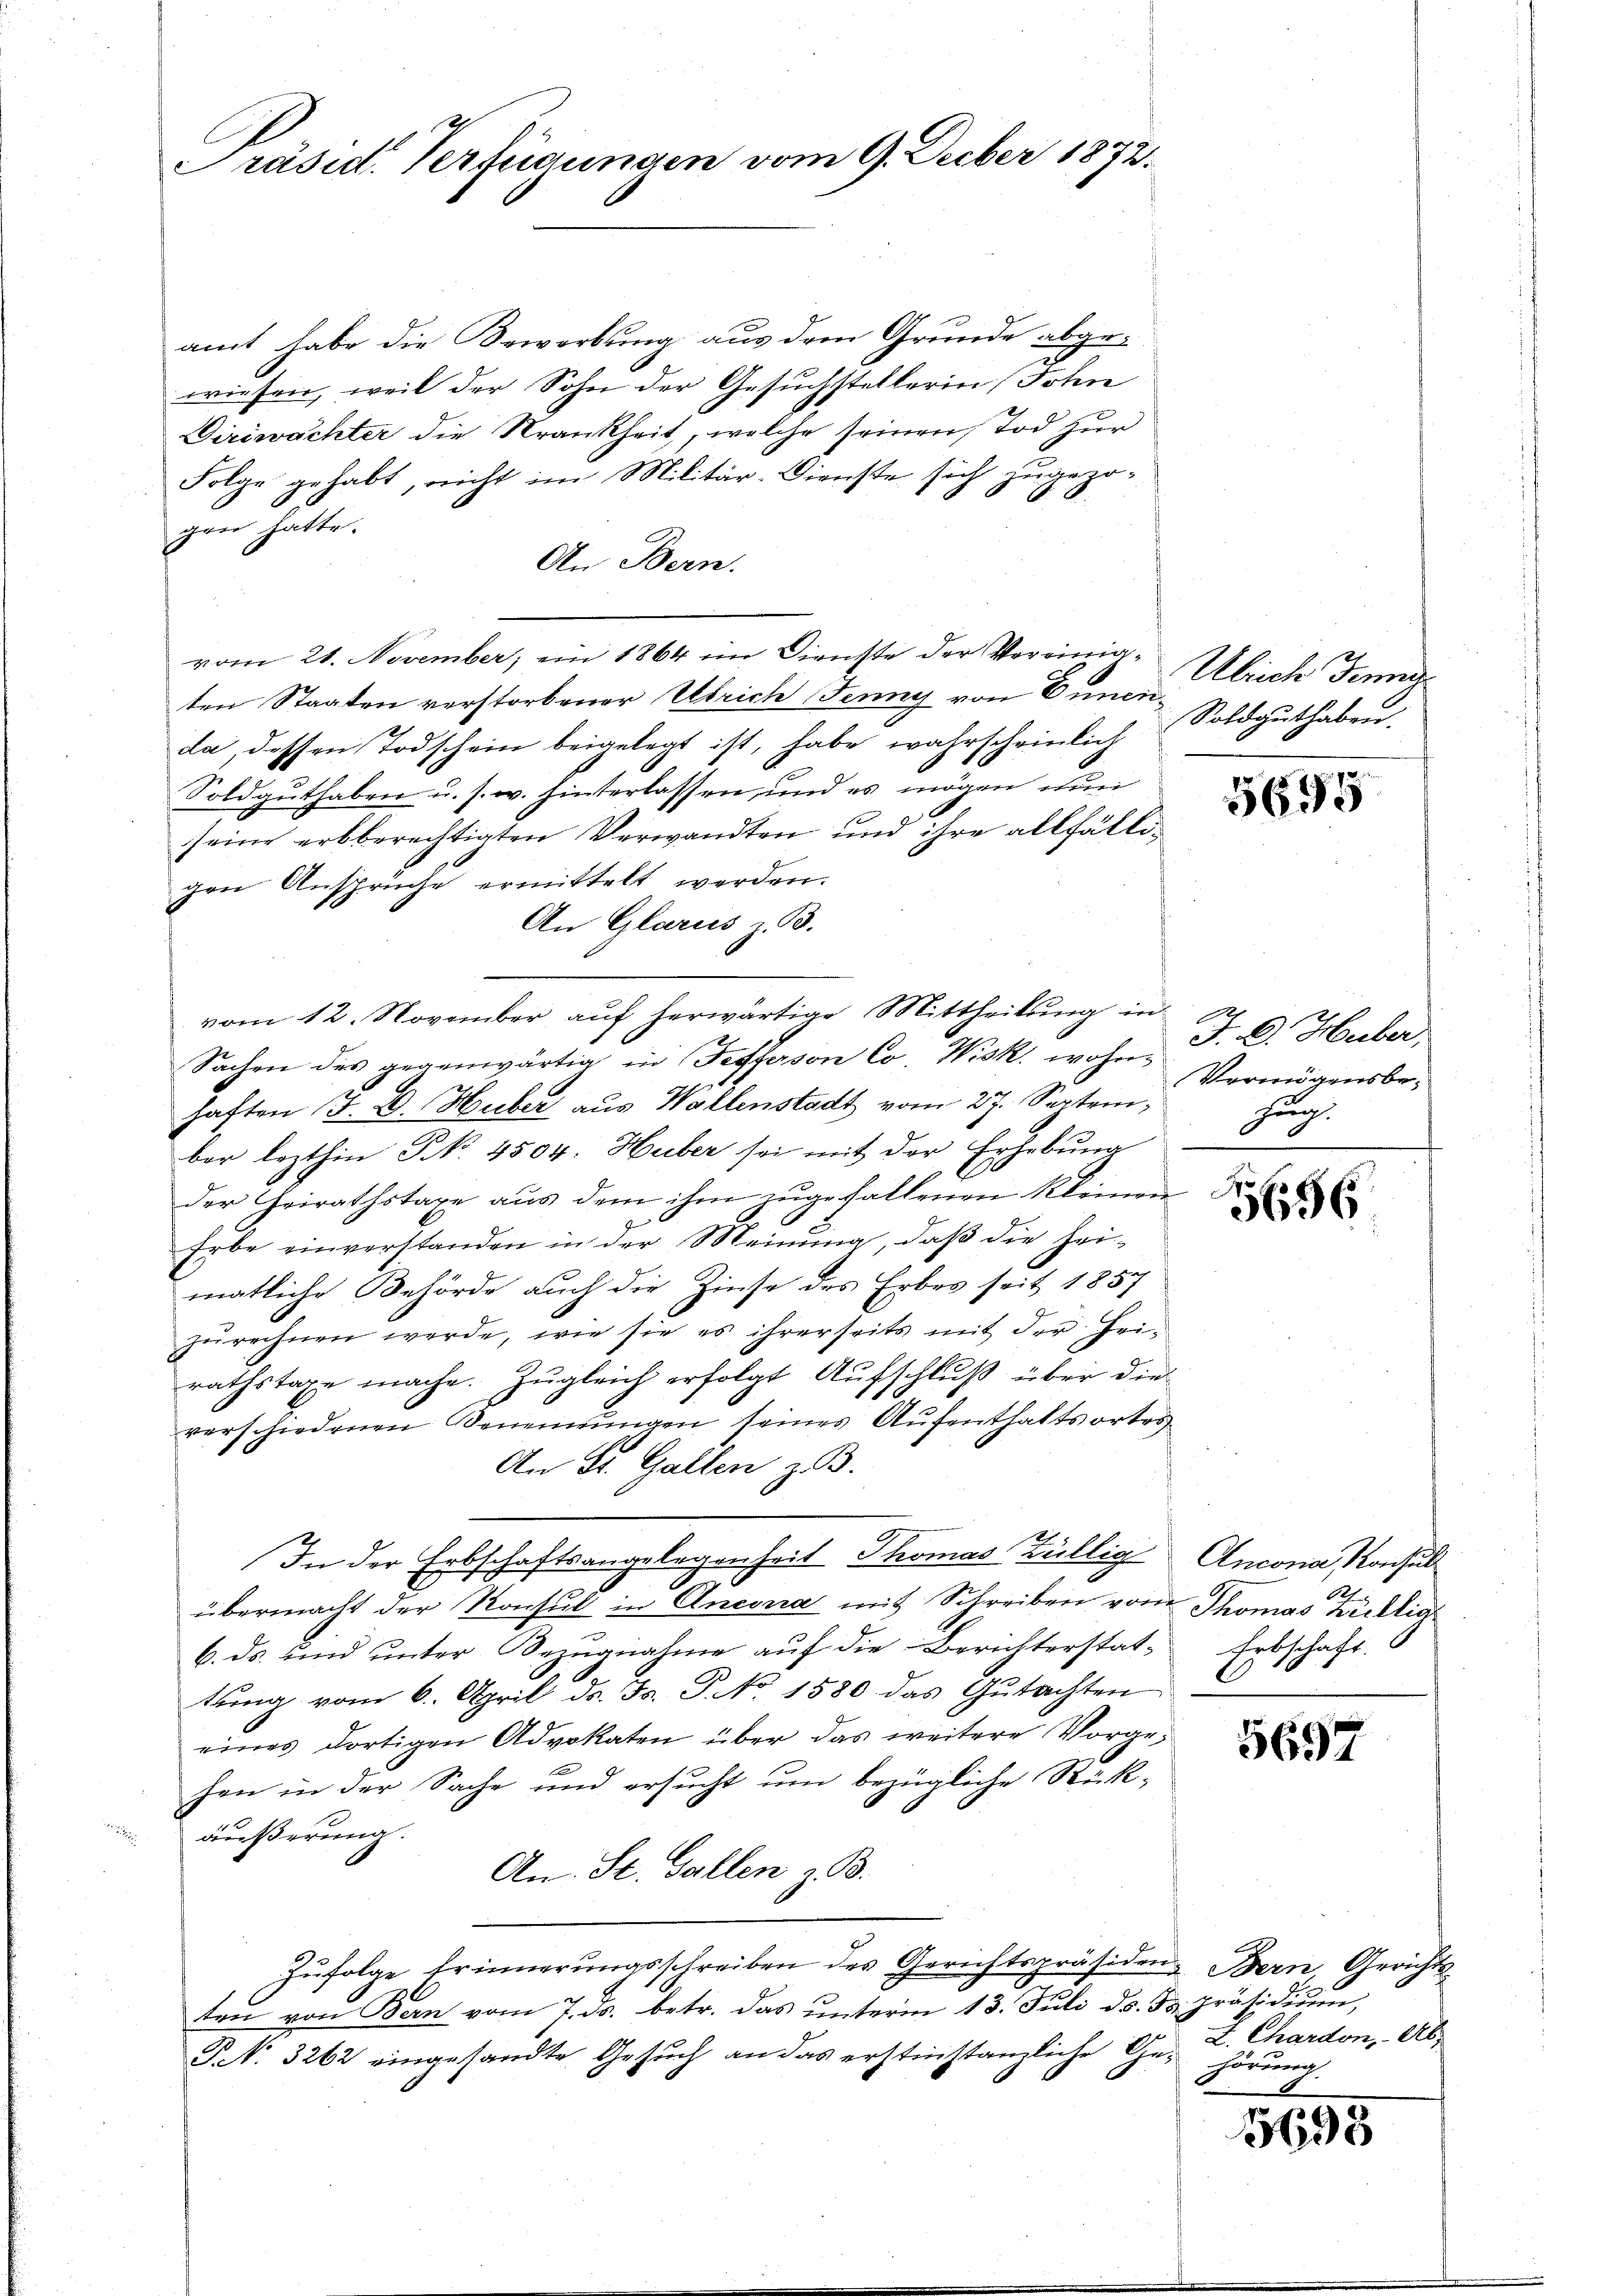
Präsid. Verfügungen vom 9. Decber 1872.

amt habe die Bewerbung aus dem Grunde abgewiesen, weil der Sohn der Gesuchstellerin (John
Diriwachter die Krankheit, welche seinen Tod zur
Folge gehabt, nicht im Militär-Dienste sich zugezog
gen hatte.
An Bern.
vom 21. November, ein 1864 im Dienste der Vereinig- Ulrich denn
ten Staaten verstorbener Ulrich Jenny von Cunenda, dessen Todschein beigelegt ist, habe wahrscheinlich
Soldguthaben u. s. w. hinterlassen, und es mögen nun
seine erbberechtigten Verwandten und ihre allfälligen Ansprüche ermittelt werden.
An Glarus z. B.
vom 12. November auf herwärtige Mittheilung in
Sachen des gegenwärtig in Sefferson Co. Wisk. wohn F. C. Huber
haften J. E. Huber aus Wallenstadt vom 27. September lezthin § 4504. Huber sei mit der Erhebung
der Heirathstaxe aus dem ihm zugefallenen kleinen
Erbe einverstanden in der Meinung, daß die Heimatliche Behörde auch die Zinse des Erbes seit 1857
zŭrechnen werde, wie sie es ihrerseits mit der Hei-
rathstage mache. Zugleich erfolgt Aufschluß über die
verschiedenen Benennungen seines Aufenthaltsortes
An St. Gallen z. B.
In der Erbschaftsangelegenheit Thomas Züllig
übermacht der Konsul in Ancora mit Schreiben vom Thomas Krillig
6. ds. und unter Bezŭgnahme auf die Berichterstat-
tung vom 6. April ds. Fr. P. No. 1580 das Gutachten
eines dortigen Advokaten über das weitere Vorgehen in der Sache und ersucht um bezügliche Rückäußerung.
An. St. Gallen z. B.
zŭfolge Erinnerungsschreiben des Gerichtspräsiden Bern, Gerichts
ten von Bern vom 7. ds. betr. das ŭnterm 13. Juli ds. 5. präsidiŭm,
PNNo. 3262 eingesandte Gesuch an das erstinstanzliche Ge- hörung.

Soldguthaben.

5695

Vermögensbehung.

5656

Ancona, Konsult
Erbschaft.

5697

2. Chardon, Ab¬

15695